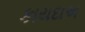
કાયદાઅ